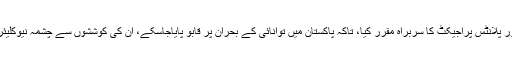
2009 میں اُس وقت کے وزیراعظم یوسف رضا گیلانی نے ڈاکٹر انصار کو پاور پلانٹس پراجیکٹ کا سربراہ مقرر کیا، تاکہ پاکستان میں توانائی کے بحران پر قابو پایاجاسکے، ان کی کوششوں سے چشمہ نیوکلیئر پلانٹ قائم ہوا اور نیوکلیئر ری ایکٹر فزکس میں قابل قدر تحقیقات ممکن ہوئیں۔